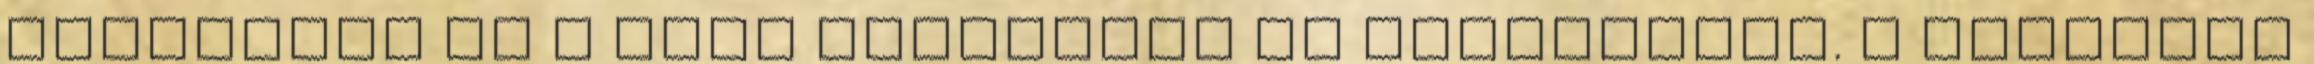
felületek és a Duna közelsége is garantálja. A BudaPart